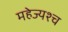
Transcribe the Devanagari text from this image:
महेज्यश्च